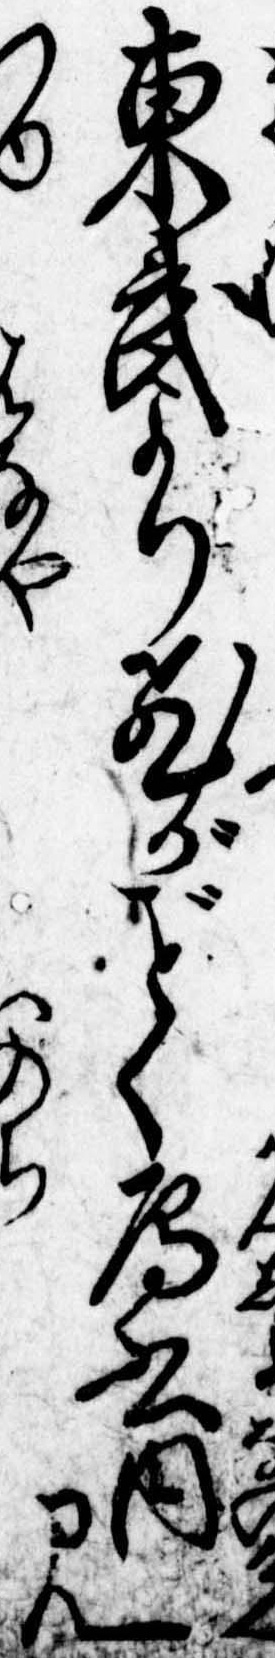
東武より飛がく雁書内見